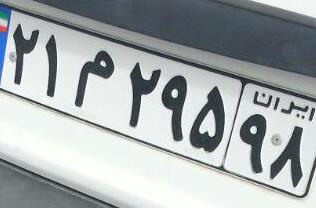
۲۱م۲۹۵۹۸